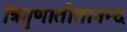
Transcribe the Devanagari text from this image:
त्रिगुणातीतानन्द